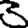
Digit: 3